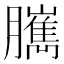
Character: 𦢥